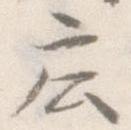
庄